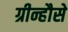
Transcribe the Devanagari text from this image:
ग्रीन्हौसे